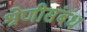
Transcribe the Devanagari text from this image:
श्रेणीसंबंध